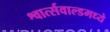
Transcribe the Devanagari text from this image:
श्वार्त्सवाल्डमध्ये